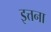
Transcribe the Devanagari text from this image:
इत्तना